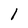
Character: 1